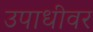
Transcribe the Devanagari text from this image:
उपाधीवर